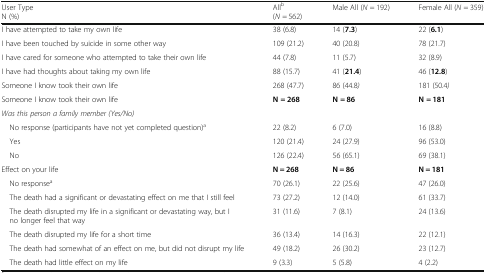
| User TypeN (%) | Allb(N = 562) | Male All (N = 192) | Female All (N = 359) |
 | --- | --- | --- | --- |
 | I have attempted to take my own life | 38 (6.8) | 14 (7.3) | 22 (6.1) |
 | I have been touched by suicide in some other way | 109 (21.2) | 40 (20.8) | 78 (21.7) |
 | I have cared for someone who attempted to take their own life | 44 (7.8) | 11 (5.7) | 32 (8.9) |
 | I have had thoughts about taking my own life | 88 (15.7) | 41 (21.4) | 46 (12.8) |
 | Someone I know took their own life | 268 (47.7) | 86 (44.8) | 181 (50.4) |
 | Someone I know took their own life | N = 268 | N = 86 | N = 181 |
 | <COLSPAN=4> Was this person a family member (Yes/No) |
 | No response (participants have not yet completed question)a | 22 (8.2) | 6 (7.0) | 16 (8.8) |
 | Yes | 120 (21.4) | 24 (27.9) | 96 (53.0) |
 | No | 126 (22.4) | 56 (65.1) | 69 (38.1) |
 | Effect on your life | N = 268 | N = 86 | N = 181 |
 | No responsea | 70 (26.1) | 22 (25.6) | 47 (26.0) |
 | The death had a significant or devastating effect on me that I still feel | 73 (27.2) | 12 (14.0) | 61 (33.7) |
 | The death disrupted my life in a significant or devastating way, but I no longer feel that way | 31 (11.6) | 7 (8.1) | 24 (13.6) |
 | The death disrupted my life for a short time | 36 (13.4) | 14 (16.3) | 22 (12.1) |
 | The death had somewhat of an effect on me, but did not disrupt my life | 49 (18.2) | 26 (30.2) | 23 (12.7) |
 | The death had little effect on my life | 9 (3.3) | 5 (5.8) | 4 (2.2) |